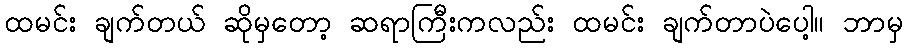
ထမင်း ချက်တယ် ဆိုမှတော့ ဆရာကြီးကလည်း ထမင်း ချက်တာပဲပေါ့။ ဘာမှ